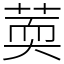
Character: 䓴